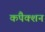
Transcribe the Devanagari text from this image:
कंपैक्शन